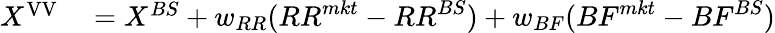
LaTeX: \begin{array}{rl}{X^{\mathrm{{VV}}}}&{{}=X^{BS}+w_{RR}({RR}^{mkt}-{RR}^{BS})+w_{BF}({BF}^{mkt}-{BF}^{BS})}\end{array}